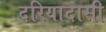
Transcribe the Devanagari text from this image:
दरियादासी